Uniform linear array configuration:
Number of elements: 24
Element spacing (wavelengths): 0.75
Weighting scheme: exponential
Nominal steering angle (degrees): -15
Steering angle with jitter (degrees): -16.495
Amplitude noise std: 0.05
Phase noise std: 0.05

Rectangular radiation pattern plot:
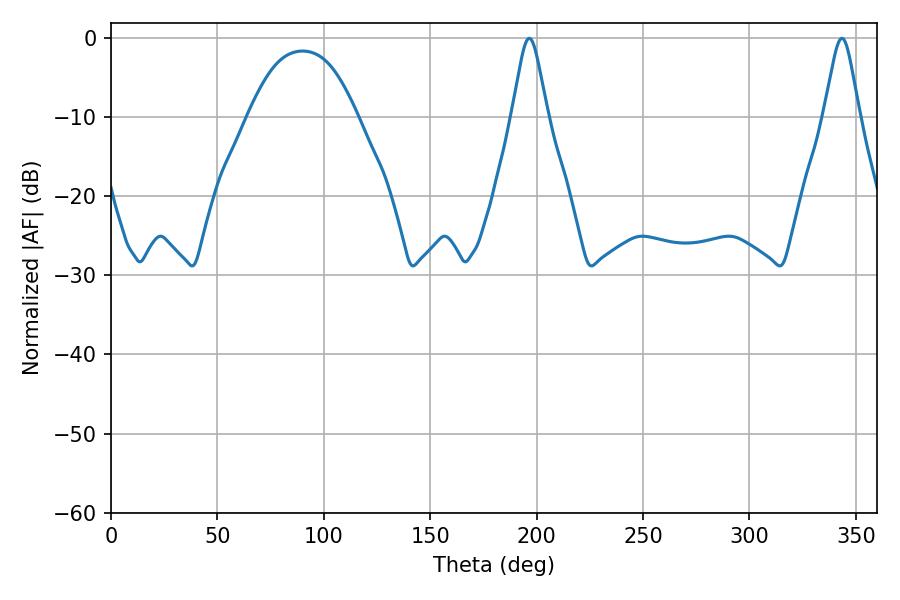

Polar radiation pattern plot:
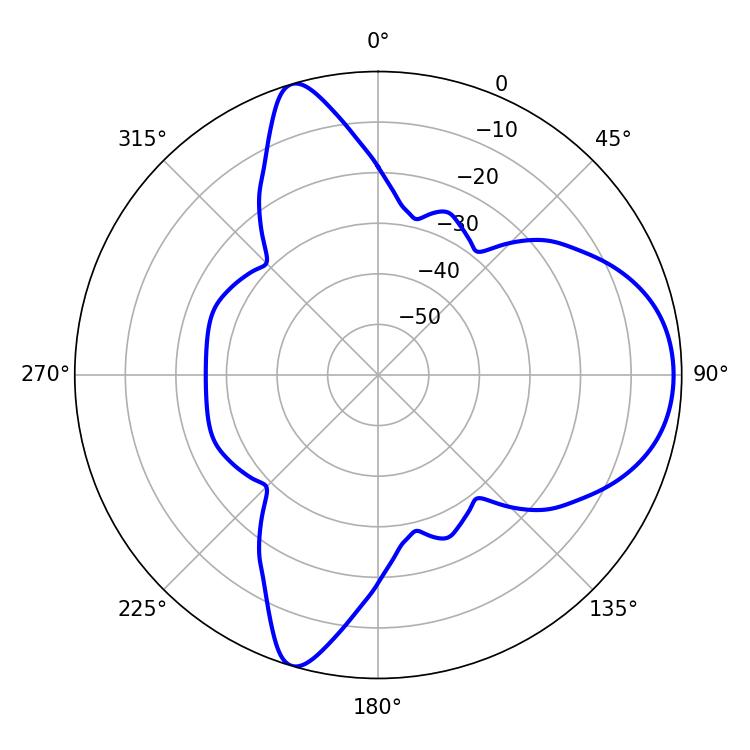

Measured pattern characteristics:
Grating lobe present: TRUE
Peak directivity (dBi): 8.162
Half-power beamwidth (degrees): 7.92
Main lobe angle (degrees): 196.56